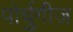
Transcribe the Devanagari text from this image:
पोर्चुगीज